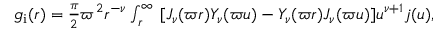
\begin{array} { r } { g _ { \mathrm { i } } ( r ) = \frac { \pi } { 2 } \varpi ^ { 2 } r ^ { - \nu } \int _ { r } ^ { \infty } \d u \, [ J _ { \nu } ( \varpi r ) Y _ { \nu } ( \varpi u ) - Y _ { \nu } ( \varpi r ) J _ { \nu } ( \varpi u ) ] u ^ { \nu + 1 } j ( u ) , } \end{array}